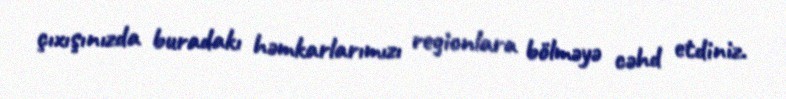
çıxışınızda buradakı həmkarlarımızı regionlara bölməyə cəhd etdiniz.